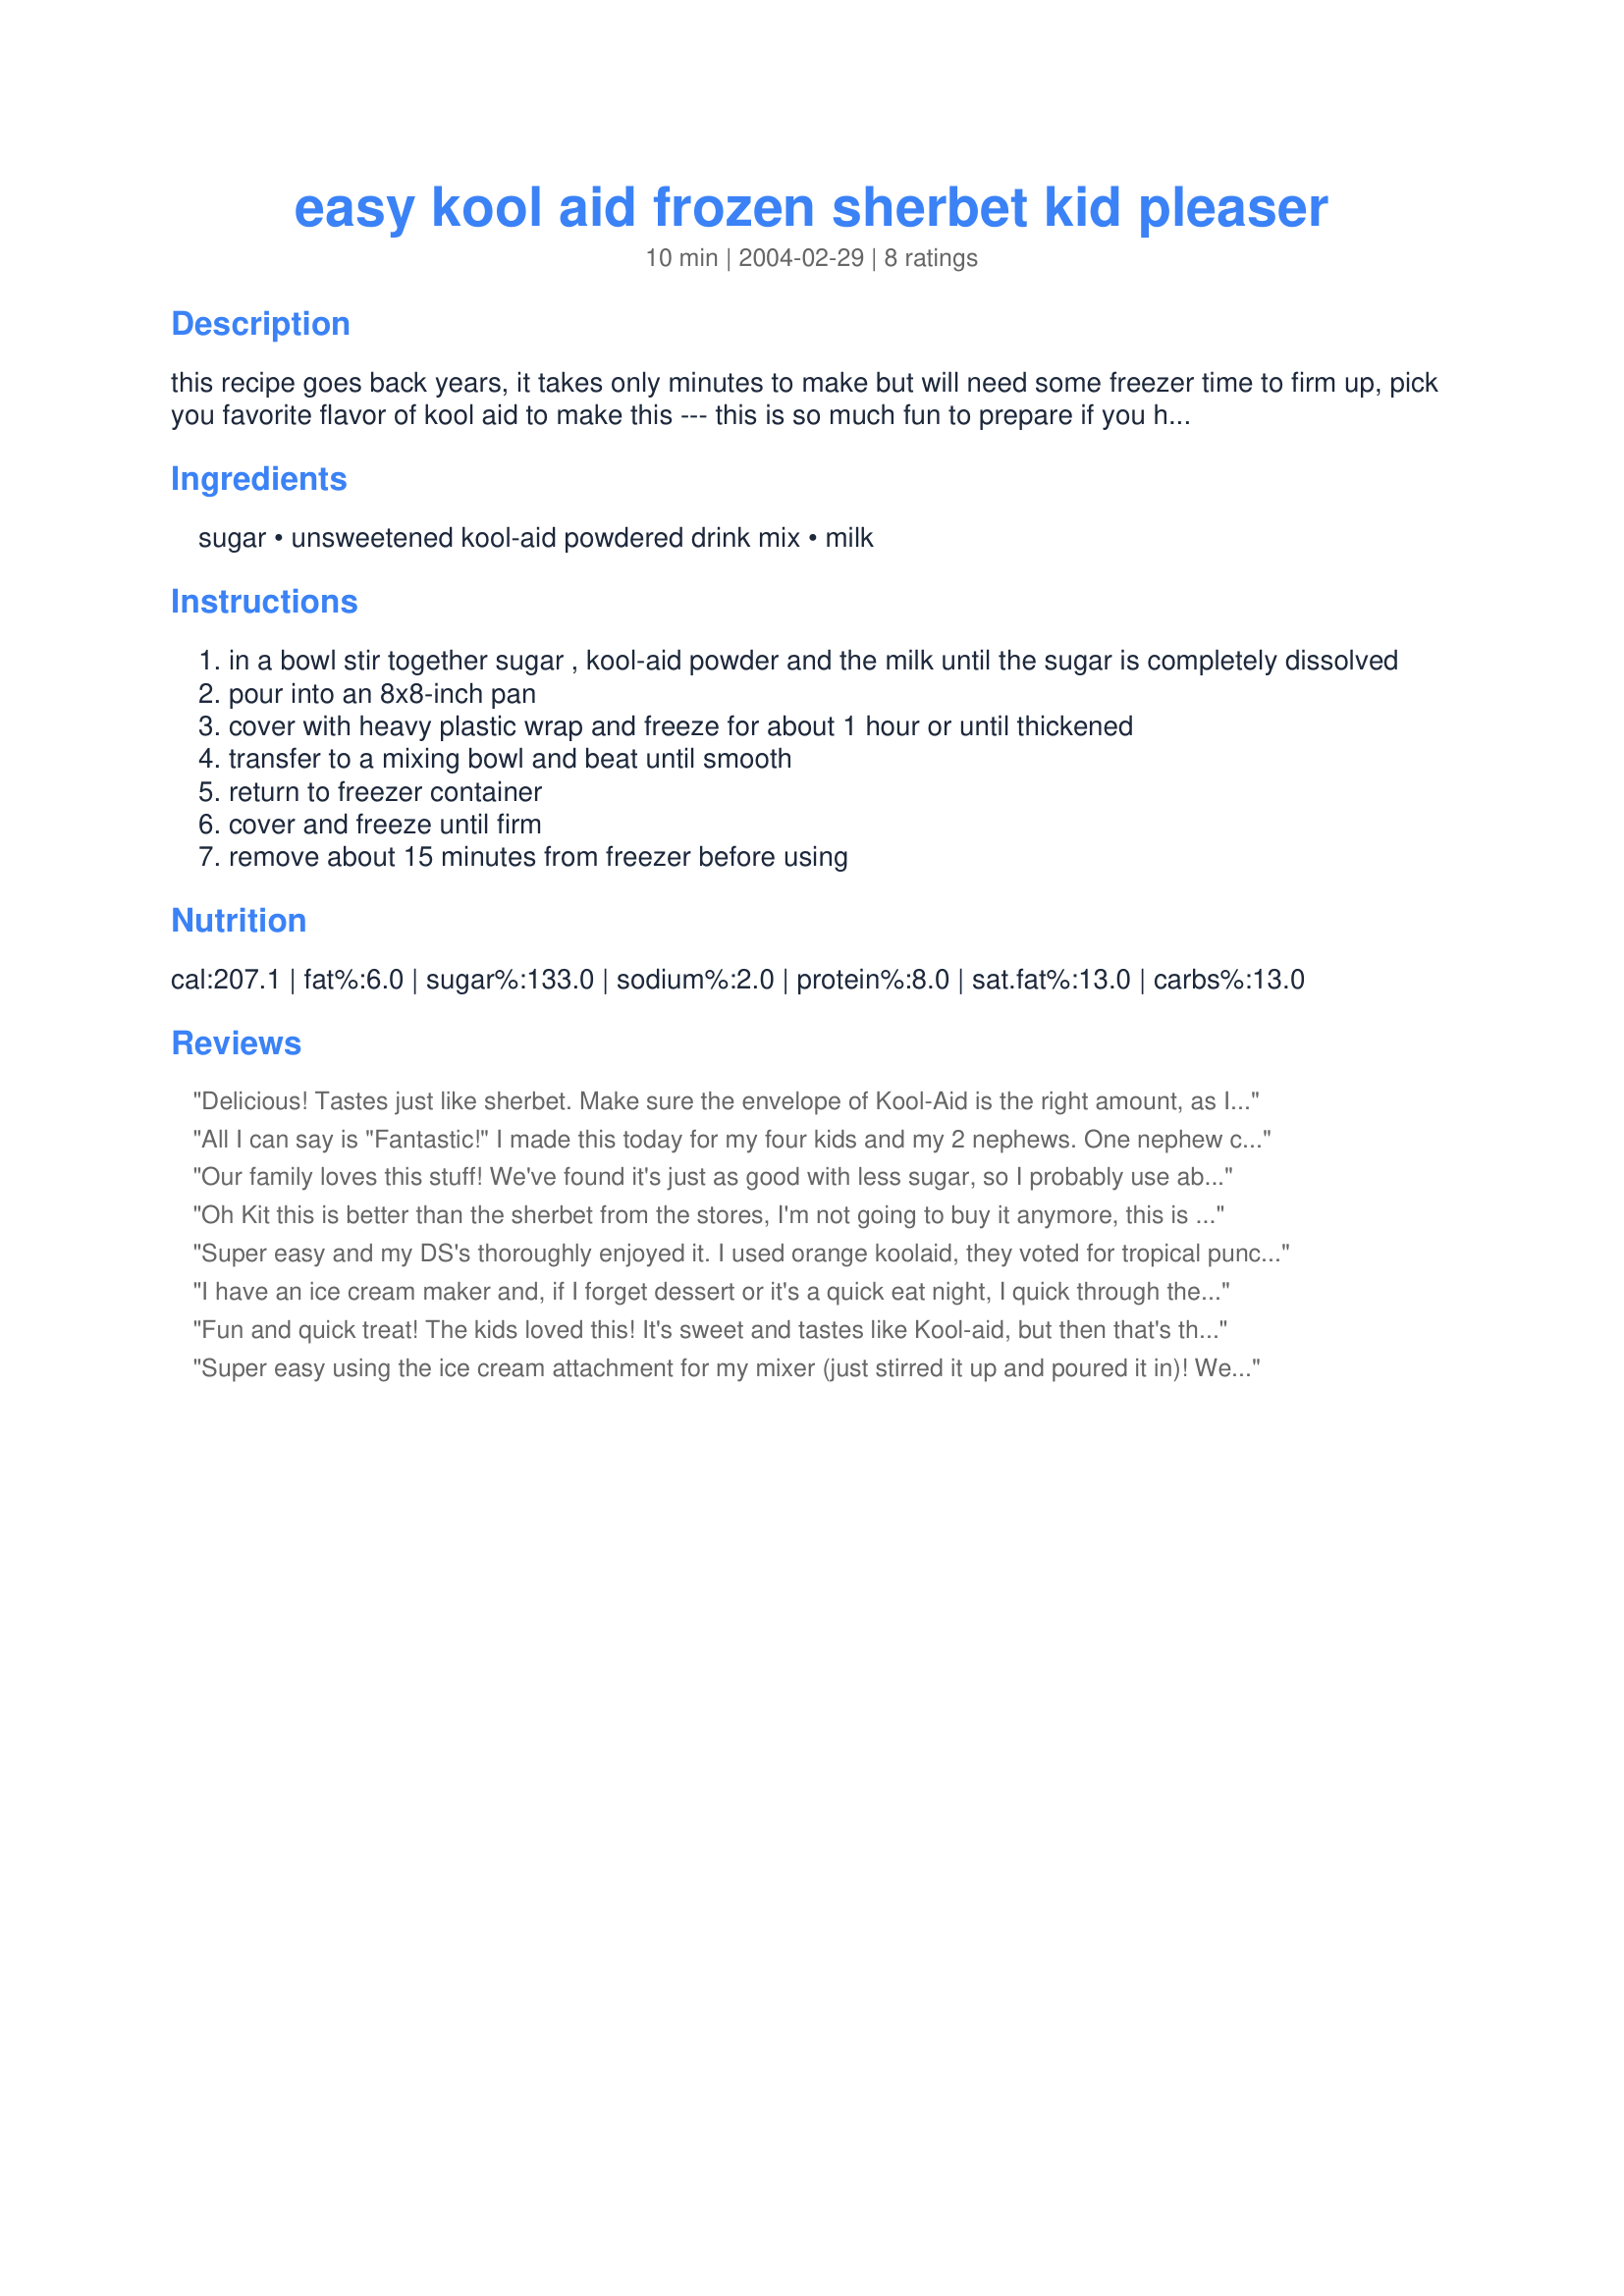
easy kool aid frozen sherbet kid pleaser
Preparation time: 10 minutes

this recipe goes back years, it takes only minutes to make but will need some freezer time to firm up, pick you favorite flavor of kool aid to make this --- this is so much fun to prepare if you have kids they just love the different colors and flavors --- for a low fat treat use low-fat milk or fat free milk

Ingredients:
sugar, unsweetened kool-aid powdered drink mix, milk

Steps:
in a bowl stir together sugar , kool-aid powder and the milk until the sugar is completely dissolved
pour into an 8x8-inch pan
cover with heavy plastic wrap and freeze for about 1 hour or until thickened
transfer to a mixing bowl and beat until smooth
return to freezer container
cover and freeze until firm
remove about 15 minutes from freezer before using

Reviews:
Delicious! Tastes just like sherbet. Make sure the envelope of Kool-Aid is the right amount, as I had to use two envelopes to equal what it called for in the recipe. I noticed different flavors have different amounts.
All I can say is "Fantastic!" I made this today for my four kids and my 2 nephews. One nephew can't have any milk product at all, so I substituted soy milk and some non-dairy coffee creamer (a very good dairy substitue), made it in my new electric ice cream freezer and all the kids loved it!!! Thanks for the quick and easy frozen treat. We will have this often!!!
Our family loves this stuff! We've found it's just as good with less sugar, so I probably use about 2/3 cup instead of 1.
Oh Kit this is better than the sherbet from the stores, I'm not going to buy it anymore, this is the one I will use, I tryed orange and raspberry I think raspberry is the best, thanks Kit
Super easy and my DS's thoroughly enjoyed it. I used orange koolaid, they voted for tropical punch next time.
Thank You!
I have an ice cream maker and, if I forget dessert or it's a quick eat night, I quick through the ingredients together in the ice cream maker, give it a quick stir and turn it on before we start eating, when we're finished with dinner, dessert is ready!!!
Fun and quick treat! The kids loved this! It's sweet and tastes like Kool-aid, but then that's the whole point. Used black cherry koolaid, mixed the concoction and used a Cusinart ice cream maker. Ready in time for dessert. Thanks, Kittencal, for a great idea!!
Super easy using the ice cream attachment for my mixer (just stirred it up and poured it in)! We did lemonade today but they are fighting over what flavor to try tomorrow. This made enough for the three boys and I with nothing leftover to store. As suggested, I used less sugar and they didn't miss the extra. I also used mostly skim milk with some half and half.
